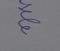
Signature authenticity: genuine